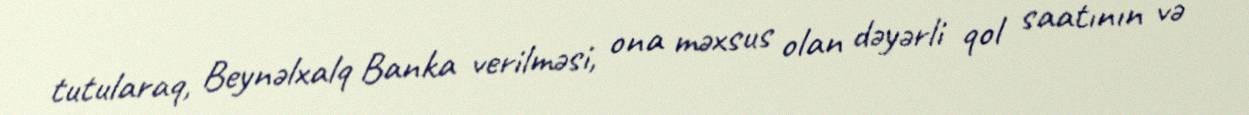
tutularaq, Beynəlxalq Banka verilməsi, ona məxsus olan dəyərli qol saatının və